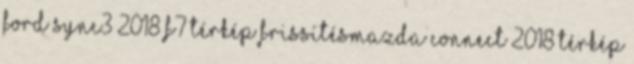
Ford Sync3 2018 F7 Térkép frissítésMazda Connect 2018 Térkép